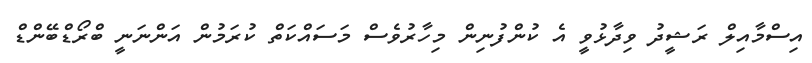
އިސްމާއިލް ރަޝީދު ވިދާޅުވީ އެ ކުންފުނިން މިހާރުވެސް މަސައްކަތް ކުރަމުން އަންނަނީ ބްރޯޑްބޭންޑް